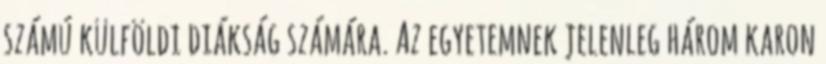
számú külföldi diákság számára. Az egyetemnek jelenleg három karon